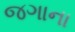
જગાના